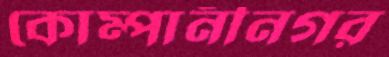
কোম্পানীনগর